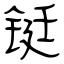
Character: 铤